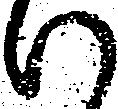
候